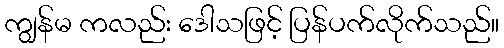
ကျွန်မ ကလည်း ဒေါသဖြင့် ပြန်ပက်လိုက်သည်။